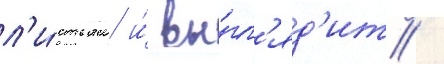
л'и́стьям и́ вы́гл'яд'ит /